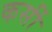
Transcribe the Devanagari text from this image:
कर्सी